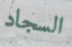
السجاد